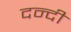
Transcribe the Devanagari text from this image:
दन्दी